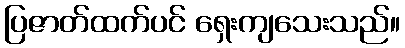
ပြဇာတ်ထက်ပင် ရှေးကျသေးသည်။